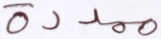
ممددة